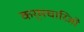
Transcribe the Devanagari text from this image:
कर्मचारिओं